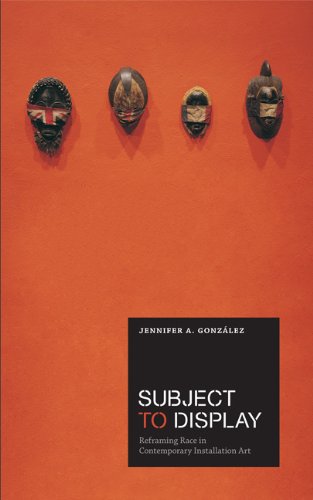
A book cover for Subject to Display: Reframing Race in Contemporary Installation Art; Jennifer A. GonzÃ¡lez; Arts & Photography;